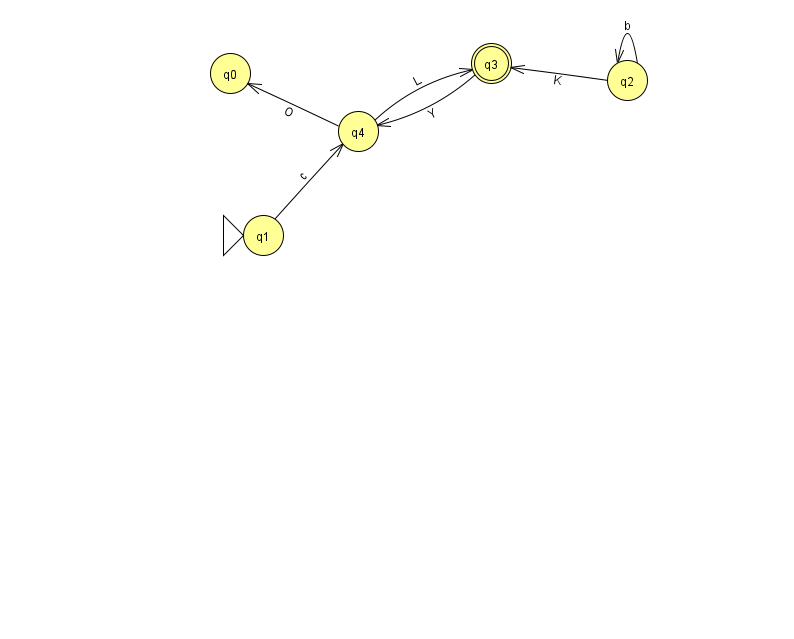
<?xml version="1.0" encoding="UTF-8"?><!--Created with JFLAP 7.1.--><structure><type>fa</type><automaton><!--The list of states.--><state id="0" name="q0"><x>230.0</x><y>60.0</y></state><state id="1" name="q1"><x>263.0</x><y>222.0</y><initial/></state><state id="2" name="q2"><x>627.0</x><y>67.0</y></state><state id="3" name="q3"><x>491.0</x><y>50.0</y><final/></state><state id="4" name="q4"><x>358.0</x><y>118.0</y></state><!--The list of transitions.--><transition><from>4</from><to>0</to><read>O</read></transition><transition><from>2</from><to>2</to><read>b</read></transition><transition><from>2</from><to>3</to><read>K</read></transition><transition><from>4</from><to>3</to><read>L</read></transition><transition><from>1</from><to>4</to><read>c</read></transition><transition><from>3</from><to>4</to><read>Y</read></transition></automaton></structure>